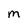
Character: M